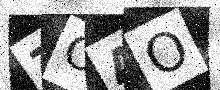
Text: 7OAO